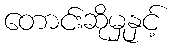
တောင်းဆိုမှုနှင့်